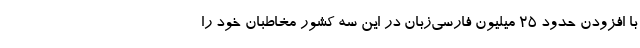
با افزودن حدود ۲۵ میلیون فارسی‌زبان در این سه کشور مخاطبان خود را